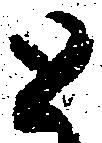
と